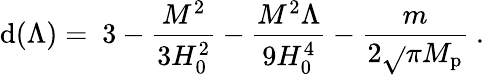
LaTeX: \mathrm{d}(\Lambda)=\ 3-{\frac{{M^{2}}}{{3H_{0}^{2}}}}-{\frac{{M^{2}\Lambda}}{{9H_{0}^{4}}}}-{\frac{{m}}{{2\sqrt{}{\pi}M_{\mathrm{{p}}}}}}\ .